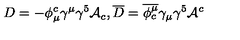
D = - \phi _ { \mu } ^ { c } \gamma ^ { \mu } \gamma ^ { 5 } { \cal A } _ { c } , \overline { D } = \overline { { \phi _ { c } ^ { \mu } } } \gamma _ { \mu } \gamma ^ { 5 } { \cal A } ^ { c }